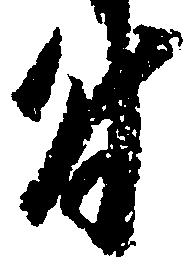
付